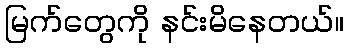
မြက်တွေကို နင်းမိနေတယ်။